Indian journal of veterinary science and animal husbandry - Volume 12,
Year: 1942
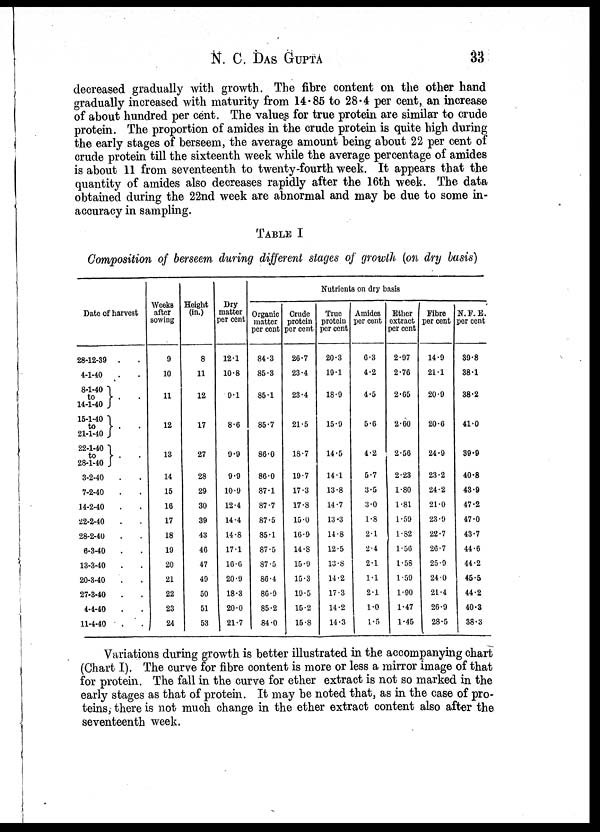
N. C.
DAS
GUPTA
33
decreased gradually with growth. The fibre content on the other hand
gradually increased with maturity from 14.85 to 28.4 per cent, an increase
of about hundred per cent. The values for true protein are similar to crude
protein. The proportion of amides in the crude protein is quite high during
the early stages of berseem, the average amount being about 22 per cent of
crude protein till the sixteenth week while the average percentage of amides
is about 11 from seventeenth to twenty-fourth week. It appears that the
quantity of amides also decreases rapidly after the 16th week. The data
obtained during the 22nd week are abnormal and may be due to some in-
accuracy in sampling.
TABLE I
Composition of berseem during different stages of growth (on dry basis)
Date of harvest
28-12-39 . .
4-1-40 . .
8-1-40
to } . .
14-1-40
15-1-40
to } . .
21-1-40
22-1-40
to } . .
28-1-40
3-2-40 . .
7-2-40 . .
14-2-40 . .
22-2-40 . .
28-2-40 . .
6-3-40 . .
13-3-40 . .
20-3-40 . .
27-3-40 . .
4-4-40 . .
11-4-40 . .
Weeks
after
sowing
9
10
11
12
13
14
15
16
17
18
19
20
21
22
23
24
Height
(in.)
8
11
12
17
27
28
29
30
39
43
46
47
49
50
51
53
Dry
matter
per cent
12.1
10.8
9.1
8.6
9.9
9.9
10.9
12.4
14.4
14.8
17.1
16.6
20.9
18.3
20.0
21.7
Nutrients on dry basis
Organic
matter
per cent
84.3
85.3
85.1
85.7
86.0
86.0
87.1
87.7
87.5
85.1
87.5
87.5
86.4
86.9
85.2
84.0
Crude
protein
per cent
26.7
23.4
23.4
21.5
18.7
19.7
17.3
17.8
15.0
16.9
14.8
15.9
15.3
19.5
15.2
15.8
True
protein
per cent
20.3
19.1
18.9
15.9
14.5
14.1
13.8
14.7
13.3
14.8
12.5
13.8
14.2
17.3
14.2
14.3
Amides
per cent
6.3
4.2
4.5
5.6
4.2
5.7
3.5
3.0
1.8
2.1
2.4
2.1
1.1
2.1
1.0
1.5
Ether
extract
per cent
2.97
2.76
2.65
2.60
2.56
2.23
1.80
1.81
1.59
1.82
1.56
1.58
1.59
1.90
1.47
1.45
Fibre
per cent
14.9
21.1
20.9
20.6
24.9
23.2
24.2
21.0
23.9
22.7
26.7
25.9
24.0
21.4
26.9
28.5
N.F.E.
per cent
39.8
38.1
38.2
41.0
39.9
40.8
43.9
47.2
47.0
43.7
44.6
44.2
45.5
44.2
40.3
38.3
Variations during growth is better illustrated in the accompanying chart
(Chart I). The curve for fibre content is more or less a mirror image of that
for protein. The fall in the curve for ether extract is not so marked in the
early stages as that of protein. It may be noted that, as in the case of pro-
teins, there is not much change in the ether extract content also after the
seventeenth week.